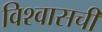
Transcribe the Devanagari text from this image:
विश्वासची